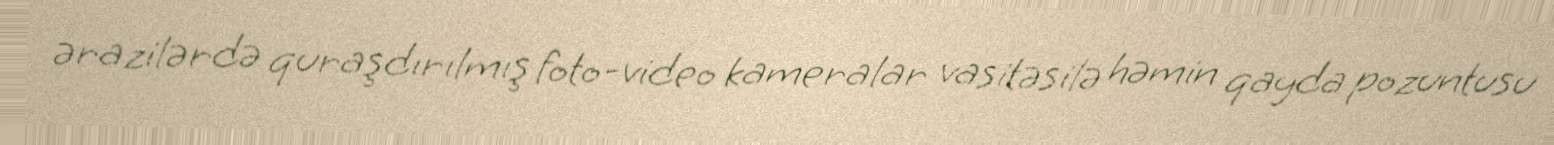
ərazilərdə quraşdırılmış foto-video kameralar vasitəsilə həmin qayda pozuntusu